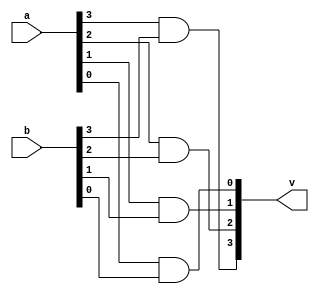
`timescale 1ns / 1ps
//////////////////////////////////////////////////////////////////////////////////
// Company: 
// Engineer: 
// 
// Design Name: 
// Module Name:    and_opration 
// Project Name: 
// Target Devices: 
// Tool versions: 
// Description: 
//
// Dependencies: 
//
// Revision: 
// Revision 0.01 - File Created
// Additional Comments: 
//
//////////////////////////////////////////////////////////////////////////////////
module and_opration(v,a,b);
input [0:3]a;
input [0:3]b;
output [0:3]v;
and(v[0],a[0],b[0]);
and(v[1],a[1],b[1]);
and(v[2],a[2],b[2]);
and(v[3],a[3],b[3]);
endmodule